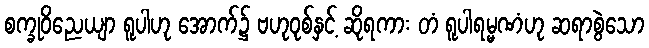
စက္ခုဝိညေယျာ ရူပါဟု အောက်၌ ဗဟုဝုစ်နှင့် ဆိုရကား တံ ရူပါရမ္မဏံဟု ဆရာစွဲသော